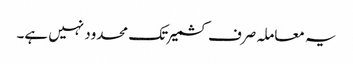
یہ معاملہ صرف کشمیر تک محدود نہیں ہے۔